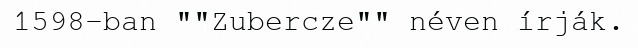
1598-ban ""Zubercze"" néven írják.